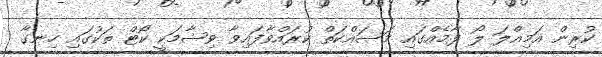
ކުރިން އަމިއްލަ ލޯ ފާމެއްގައި މަސައްކަތް ކުރައްވާފައިވާ ވިޝާމަކީ ކޯޓް ތަކުގައި ހިނގާ